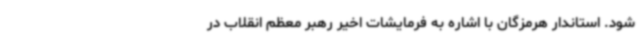
شود. استاندار هرمزگان با اشاره به فرمایشات اخیر رهبر معظم انقلاب در